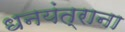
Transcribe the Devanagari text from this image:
धनयंत्राना